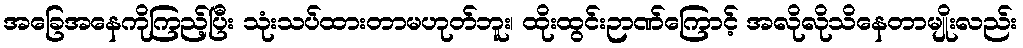
အခြေအနေကိုကြည့်ပြီး သုံးသပ်ထားတာမဟုတ်ဘူး၊ ထိုးထွင်းဉာဏ်ကြောင့် အလိုလိုသိနေတာမျိုးလည်း